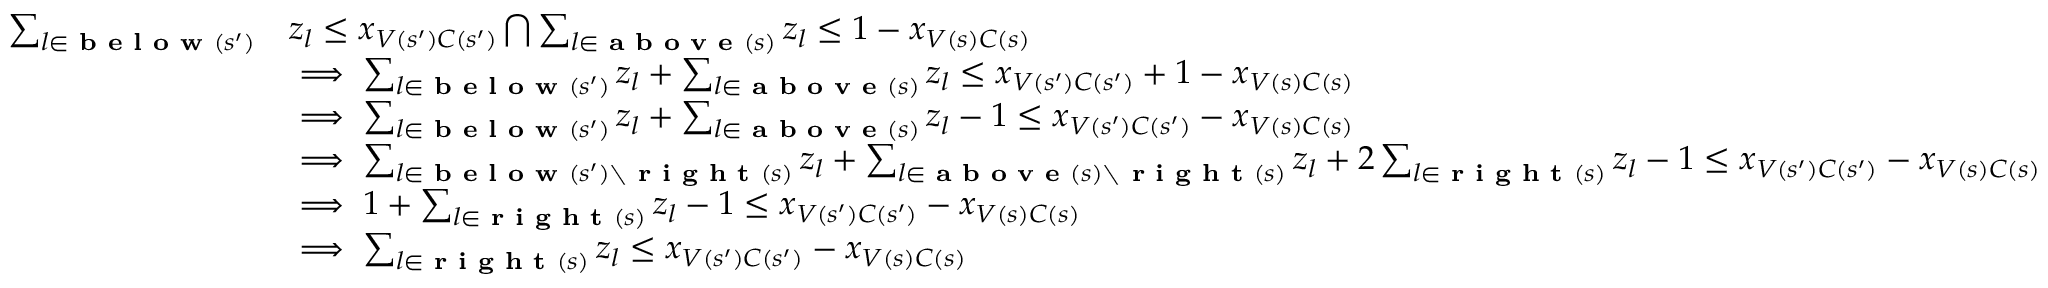
\begin{array} { r l } { \sum _ { l \in \textbf { b e l o w } ( s ^ { \prime } ) } } & { z _ { l } \leq x _ { V ( s ^ { \prime } ) C ( s ^ { \prime } ) } \bigcap \sum _ { l \in \textbf { a b o v e } ( s ) } z _ { l } \leq 1 - x _ { V ( s ) C ( s ) } } \\ & { \implies \sum _ { l \in \textbf { b e l o w } ( s ^ { \prime } ) } z _ { l } + \sum _ { l \in \textbf { a b o v e } ( s ) } z _ { l } \leq x _ { V ( s ^ { \prime } ) C ( s ^ { \prime } ) } + 1 - x _ { V ( s ) C ( s ) } } \\ & { \implies \sum _ { l \in \textbf { b e l o w } ( s ^ { \prime } ) } z _ { l } + \sum _ { l \in \textbf { a b o v e } ( s ) } z _ { l } - 1 \leq x _ { V ( s ^ { \prime } ) C ( s ^ { \prime } ) } - x _ { V ( s ) C ( s ) } } \\ & { \implies \sum _ { l \in \textbf { b e l o w } ( s ^ { \prime } ) \setminus \textbf { r i g h t } ( s ) } z _ { l } + \sum _ { l \in \textbf { a b o v e } ( s ) \setminus \textbf { r i g h t } ( s ) } z _ { l } + 2 \sum _ { l \in \textbf { r i g h t } ( s ) } z _ { l } - 1 \leq x _ { V ( s ^ { \prime } ) C ( s ^ { \prime } ) } - x _ { V ( s ) C ( s ) } } \\ & { \implies 1 + \sum _ { l \in \textbf { r i g h t } ( s ) } z _ { l } - 1 \leq x _ { V ( s ^ { \prime } ) C ( s ^ { \prime } ) } - x _ { V ( s ) C ( s ) } } \\ & { \implies \sum _ { l \in \textbf { r i g h t } ( s ) } z _ { l } \leq x _ { V ( s ^ { \prime } ) C ( s ^ { \prime } ) } - x _ { V ( s ) C ( s ) } } \end{array}